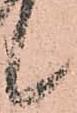
候